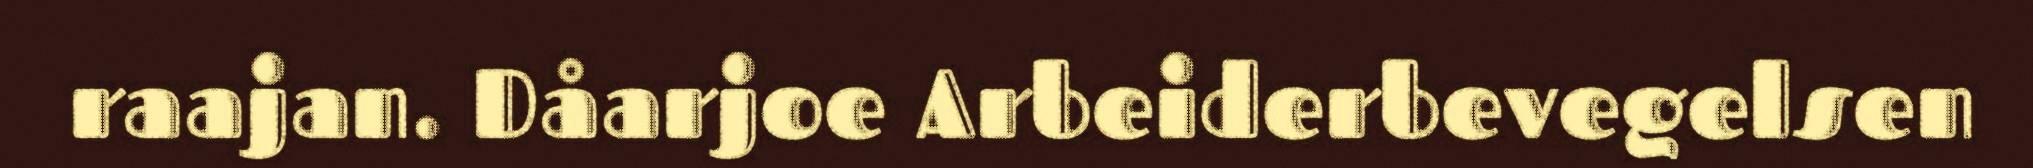
raajan. Dåarjoe Arbeiderbevegelsen